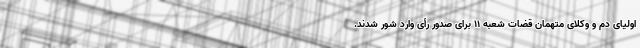
اولیای دم و وکلای متهمان قضات شعبه ۱۱ برای صدور رأی وارد شور شدند.